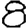
Digit: 8